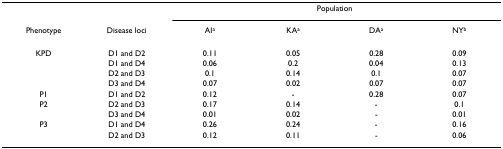
|  |  | <COLSPAN=4> Population |
 | Phenotype | Disease loci | AIa | KAa | DAa | NYb |
 | --- | --- | --- | --- | --- | --- |
 | KPD | D1 and D2 | 0.11 | 0.05 | 0.28 | 0.09 |
 |  | D1 and D4 | 0.06 | 0.2 | 0.04 | 0.13 |
 |  | D2 and D3 | 0.1 | 0.14 | 0.1 | 0.07 |
 |  | D3 and D4 | 0.07 | 0.02 | 0.07 | 0.07 |
 | P1 | D1 and D2 | 0.12 | - | 0.28 | 0.07 |
 | P2 | D2 and D3 | 0.17 | 0.14 | - | 0.1 |
 |  | D3 and D4 | 0.01 | 0.02 | - | 0.01 |
 | P3 | D1 and D4 | 0.26 | 0.24 | - | 0.16 |
 |  | D2 and D3 | 0.12 | 0.11 | - | 0.06 |